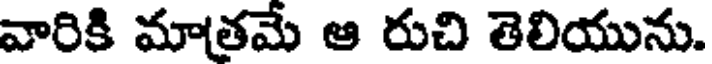
వారికి మాతమే ఆ రుచి తెలియును.